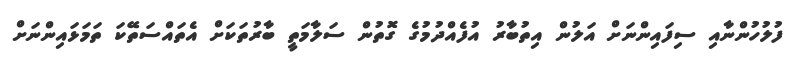
ފުލުހުންނާއި ސިފައިންނަށް އަލުން އިތުބާރު އުފެއްދުމުގެ ގޮތުން ސަލާމަތީ ބާރުތަކަށް އެތައްސަތޭކަ ތަމަޅައިންނަށް